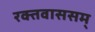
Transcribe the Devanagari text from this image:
रक्तवाससम्